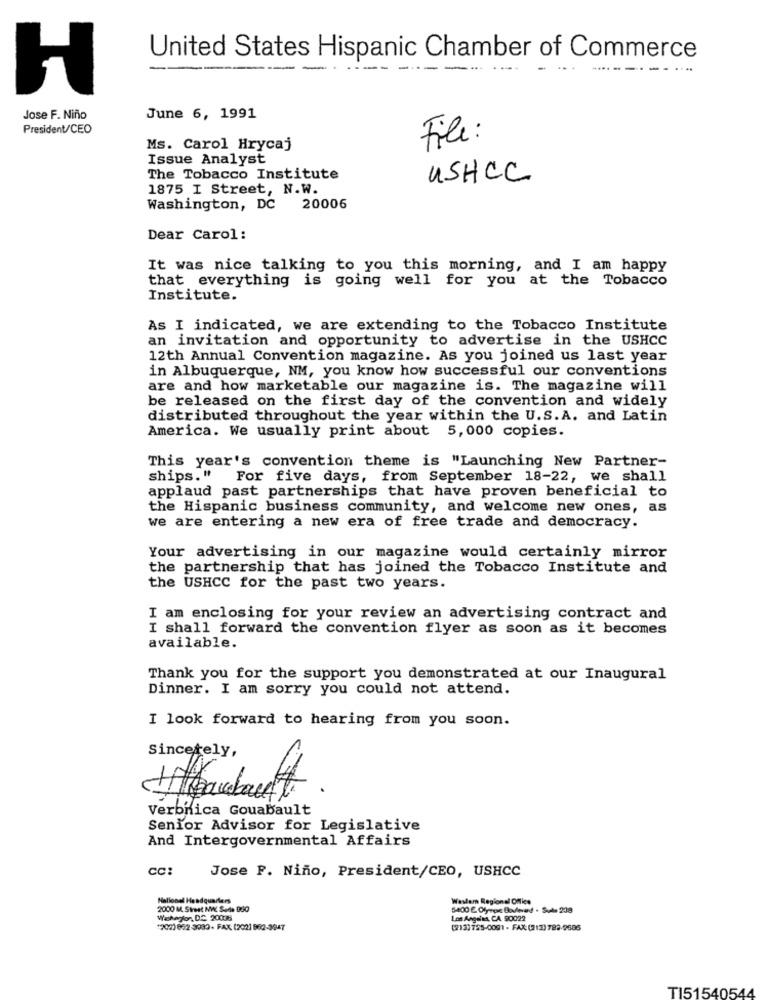
United States Hispanic Chamber of Commerce
----
-----
-
.. .
....
H
Jose F. Niño
June 6, 1991
President/CEO
File:
Ms. Carol Hrycaj
Issue Analyst
The Tobacco Institute
USHCC
1875 I Street, N.W.
Washington, DC
20006
Dear Carol:
It was nice talking to you this morning, and I am happy
that everything is going well for you at the Tobacco
Institute.
As I indicated, we are extending to the Tobacco Institute
an invitation and opportunity to advertise in the USHCC
12th Annual Convention magazine. As you joined us last year
in Albuquerque, NM, you know how successful our conventions
are and how marketable our magazine is. The magazine will
be released on the first day of the convention and widely
distributed throughout the year within the U.S.A. and Latin
America. We usually print about 5,000 copies.
This year's convention theme is "Launching New Partner-
ships."
For five days, from September 18-22, we shall
applaud past partnerships that have proven beneficial to
the Hispanic business community, and welcome new ones, as
we are entering a new era of free trade and democracy.
Your advertising in our magazine would certainly mirror
the partnership that has joined the Tobacco Institute and
the USHCC for the past two years.
I am enclosing for your review an advertising contract and
I shall forward the convention flyer as soon as it becomes
available.
Thank you for the support you demonstrated at our Inaugural
Dinner. I am sorry you could not attend.
I look forward to hearing from you soon.
Sincerely,
Verbnica Gouabault
Senior Advisor for Legislative
And Intergovernmental Affairs
CC:
Jose P. Niño, President/CEO, USHCC
National Headquarters
Westem Regional Office
2000 M. Sirest NAC Sade BSO
5400 E. Olympic Boulevard . Sule 239
Wekeylor DC 20008
Los Angeles, CA. 90022
1202) 862-3930- FAX: (2021 862-3947
(213)755-0001 - FAX: (213) 782-9686
TI51540544